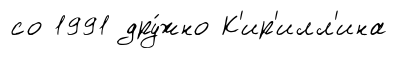
со 1991 дру́жно К'ир'илл'ина